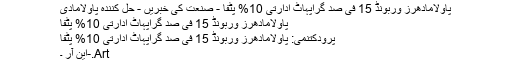
پاولامادھرز وربونڈ 15 فی صد گراپہاٹ ادارتی 10% پٹفا - صنعت کی خبریں - حل کنندہ پاولامادی
پاولامادھرز وربونڈ 15 فی صد گراپہاٹ ادارتی 10% پٹفا
پرودکتنمی: پاولامادھرز وربونڈ 15 فی صد گراپہاٹ ادارتی 10% پٹفا
Art.-این آر ۔